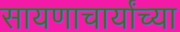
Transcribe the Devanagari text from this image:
सायणाचार्यांच्या